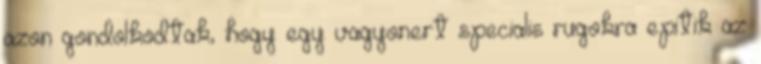
azon gondolkodtak, hogy egy vagyonert specialis rugokra epitik az